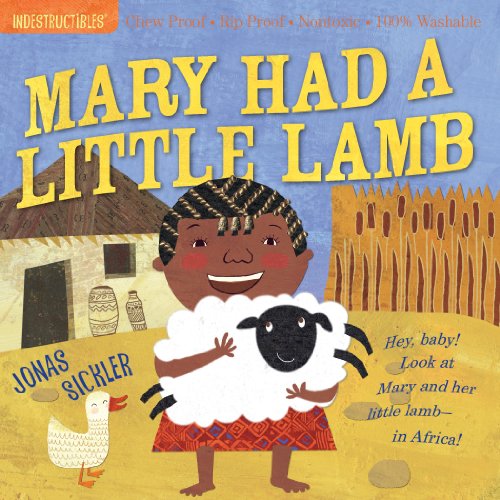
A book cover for Indestructibles: Mary Had a Little Lamb; Children's Books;